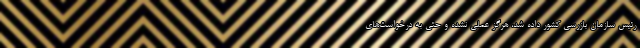
رئیس سازمان بازرسی کشور داده شد، هرگز عملی نشده و حتی به درخواست‌های